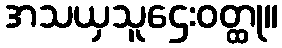
အသယှသူဌေးဝတ္ထု။